Malaria in the Duars
Disease focus: Malaria
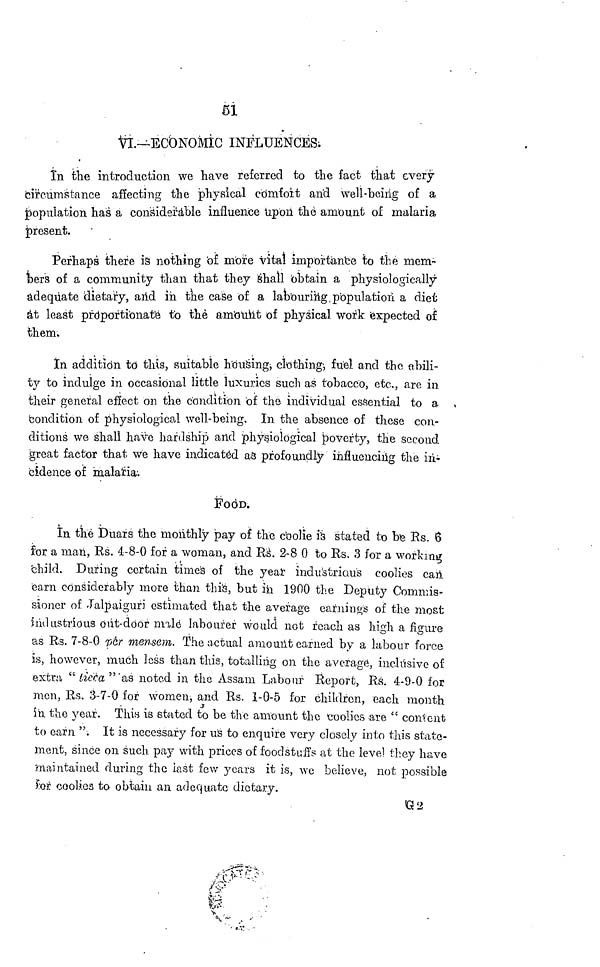
51
VI—ECONOMIC INFLUENCES.
In the introduction we have referred to the fact that every
circumstance affecting the physical comfort and well-being of a
population has a considerable influence upon the amount of malaria
present.
Perhaps there is nothing of more vital importance to the mem-
bers of a community than that they Shall obtain a physiologically
adequate dietary, arid in the case of a labouring population a diet
at least proportionate to the amount of physical work expected of
them.
In addition to this, suitable housing, clothing; fuel and the abili-
ty to indulge in occasional little luxuries such as tobacco, etc., are in
their general effect on the condition of the individual essential to a
condition of physiological well-being. In the absence of these con-
ditions we shall have hardship and physiological poverty, the second.
great factor that we have indicated as profoundly influencing the in
cidence of malaria:
FOOD.
In the Duars the monthly pay of the coolie is stated to be Rs. 6
for a man, Rs. 4-8-0 for a woman, and Rs. 2-8 0 to Rs. 3 for a working
child. During certain times of the year industrious coolies can
earn considerably more than this, but in 1900 the Deputy Commis-
sioner of Jalpaiguri estimated that the average earnings of the most
and ustrious out-door male labourer would not reach as high a figure
as Rs. 7-8-0 per mensem. The actual amount earned by a labour force
is, however, much less than this, totalling on the average, inclvisive of
extra " ticca "' as noted in the Assam Labour Report, Rs. 4-9-0 for
men, Rs. 3-7-0 for women, and Rs. 1-0-5 for children, each month
in the year. This is stated to be the amount the coolies are " content
to earn ". It is necessary for us to enquire very closely into this state-
ment, since on such pay with prices of foodstuffs at the level they have
maintained during the last few years it is, we believe, not possible
For coolies to obtain an adequate dietary.
G2